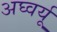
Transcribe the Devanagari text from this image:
अघ्वर्यू